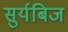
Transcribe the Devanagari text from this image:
सुर्यबिज